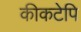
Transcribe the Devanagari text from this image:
कीकटेपि